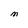
Character: M